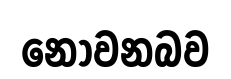
නොවනබව